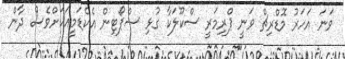
ވަނަ އަހަރު މޮޑްރިޗް ވަނީ ޕްރިމަރީ ސްކޫލަކާ ގުޅި ސްޕޯޓިން އެކެޑަމީއަކަށްވެސް ދާން